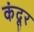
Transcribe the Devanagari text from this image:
कंदूर